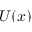
U ( x )